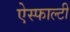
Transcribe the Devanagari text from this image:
ऐस्फाल्टी